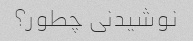
نوشیدنی چطور؟